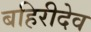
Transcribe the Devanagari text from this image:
बहिरीदेव